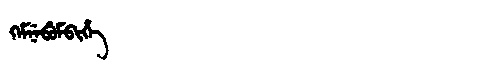
Manchu: ᡴᡝᠮᠨᡝᠪᡠᠮᠪᡳᡥᡝ
Romanization: KEMNEBUMBIHE